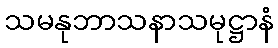
သမနုဘာသနာသမုဋ္ဌာနံ